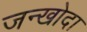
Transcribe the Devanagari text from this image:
जन्खोदा